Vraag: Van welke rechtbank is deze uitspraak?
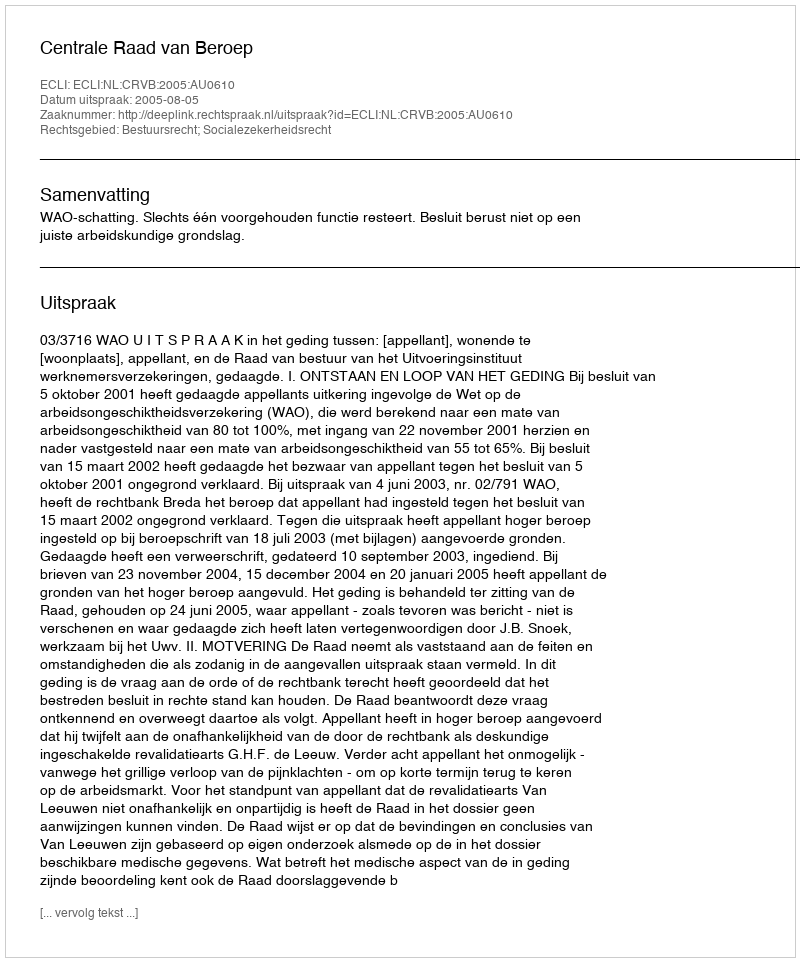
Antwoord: Centrale Raad van Beroep